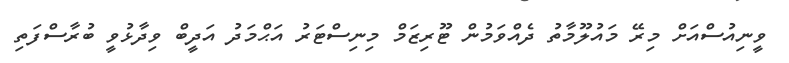
ވީނިއުސްއަށް މިރޭ މައުލޫމާތު ދެއްވަމުން ޓޫރިޒަމް މިނިސްޓަރު އަޙްމަދު އަދީބް ވިދާޅުވީ ބުރާސްފަތި